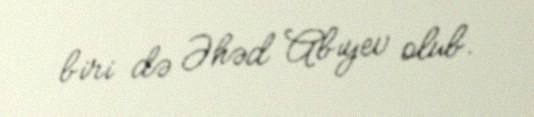
biri də Əhəd Abıyev olub.